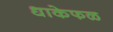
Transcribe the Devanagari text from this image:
धाकेफळ